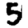
Digit: 5